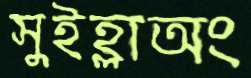
সুইহ্লাঅং